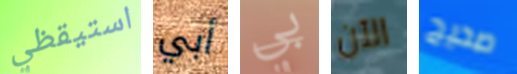
استيقظي أبي بي الآن صحيح